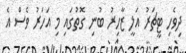
ދިވެހި ޓީޗަރު އަލީ ޒާހިރު ބުނި ގޮތުގައި މި އަހަރު ވެސް އެ